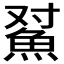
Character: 𱆫